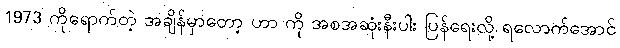
1973 ကိုရောက်တဲ့ အချိန်မှာတော့ ဟာ ကို အစအဆုံးနီးပါး ပြန်ရေးလို့ ရလောက်အောင်